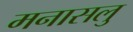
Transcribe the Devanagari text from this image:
मनासलु